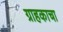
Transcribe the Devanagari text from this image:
ग्राहकाचा